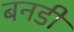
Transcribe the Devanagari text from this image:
बनडी